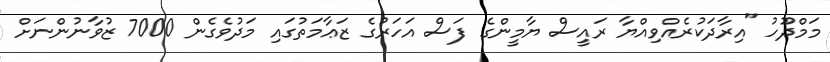
މަމްދޫުހު "އިރާދަކުރެއްވިއްޔާ ރައީސް ޔާމީންގެ ފަސް އަހަރުގެ ޒަޢާމަތުގައި މަދުވެގެން 7000 ޒުވާނުންނަށް